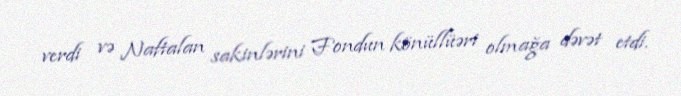
verdi və Naftalan sakinlərini Fondun könüllüəri olmağa dəvət etdi.